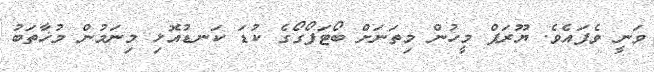
ވަނީ ވެފައެވެ. ޔޫރަޕް މީހުން މިތަނަށް ބޯޓަފޯގޯގެ ކުޑަ ކަނޑުއޮޅި މިނަމުން މުޚާތަބު